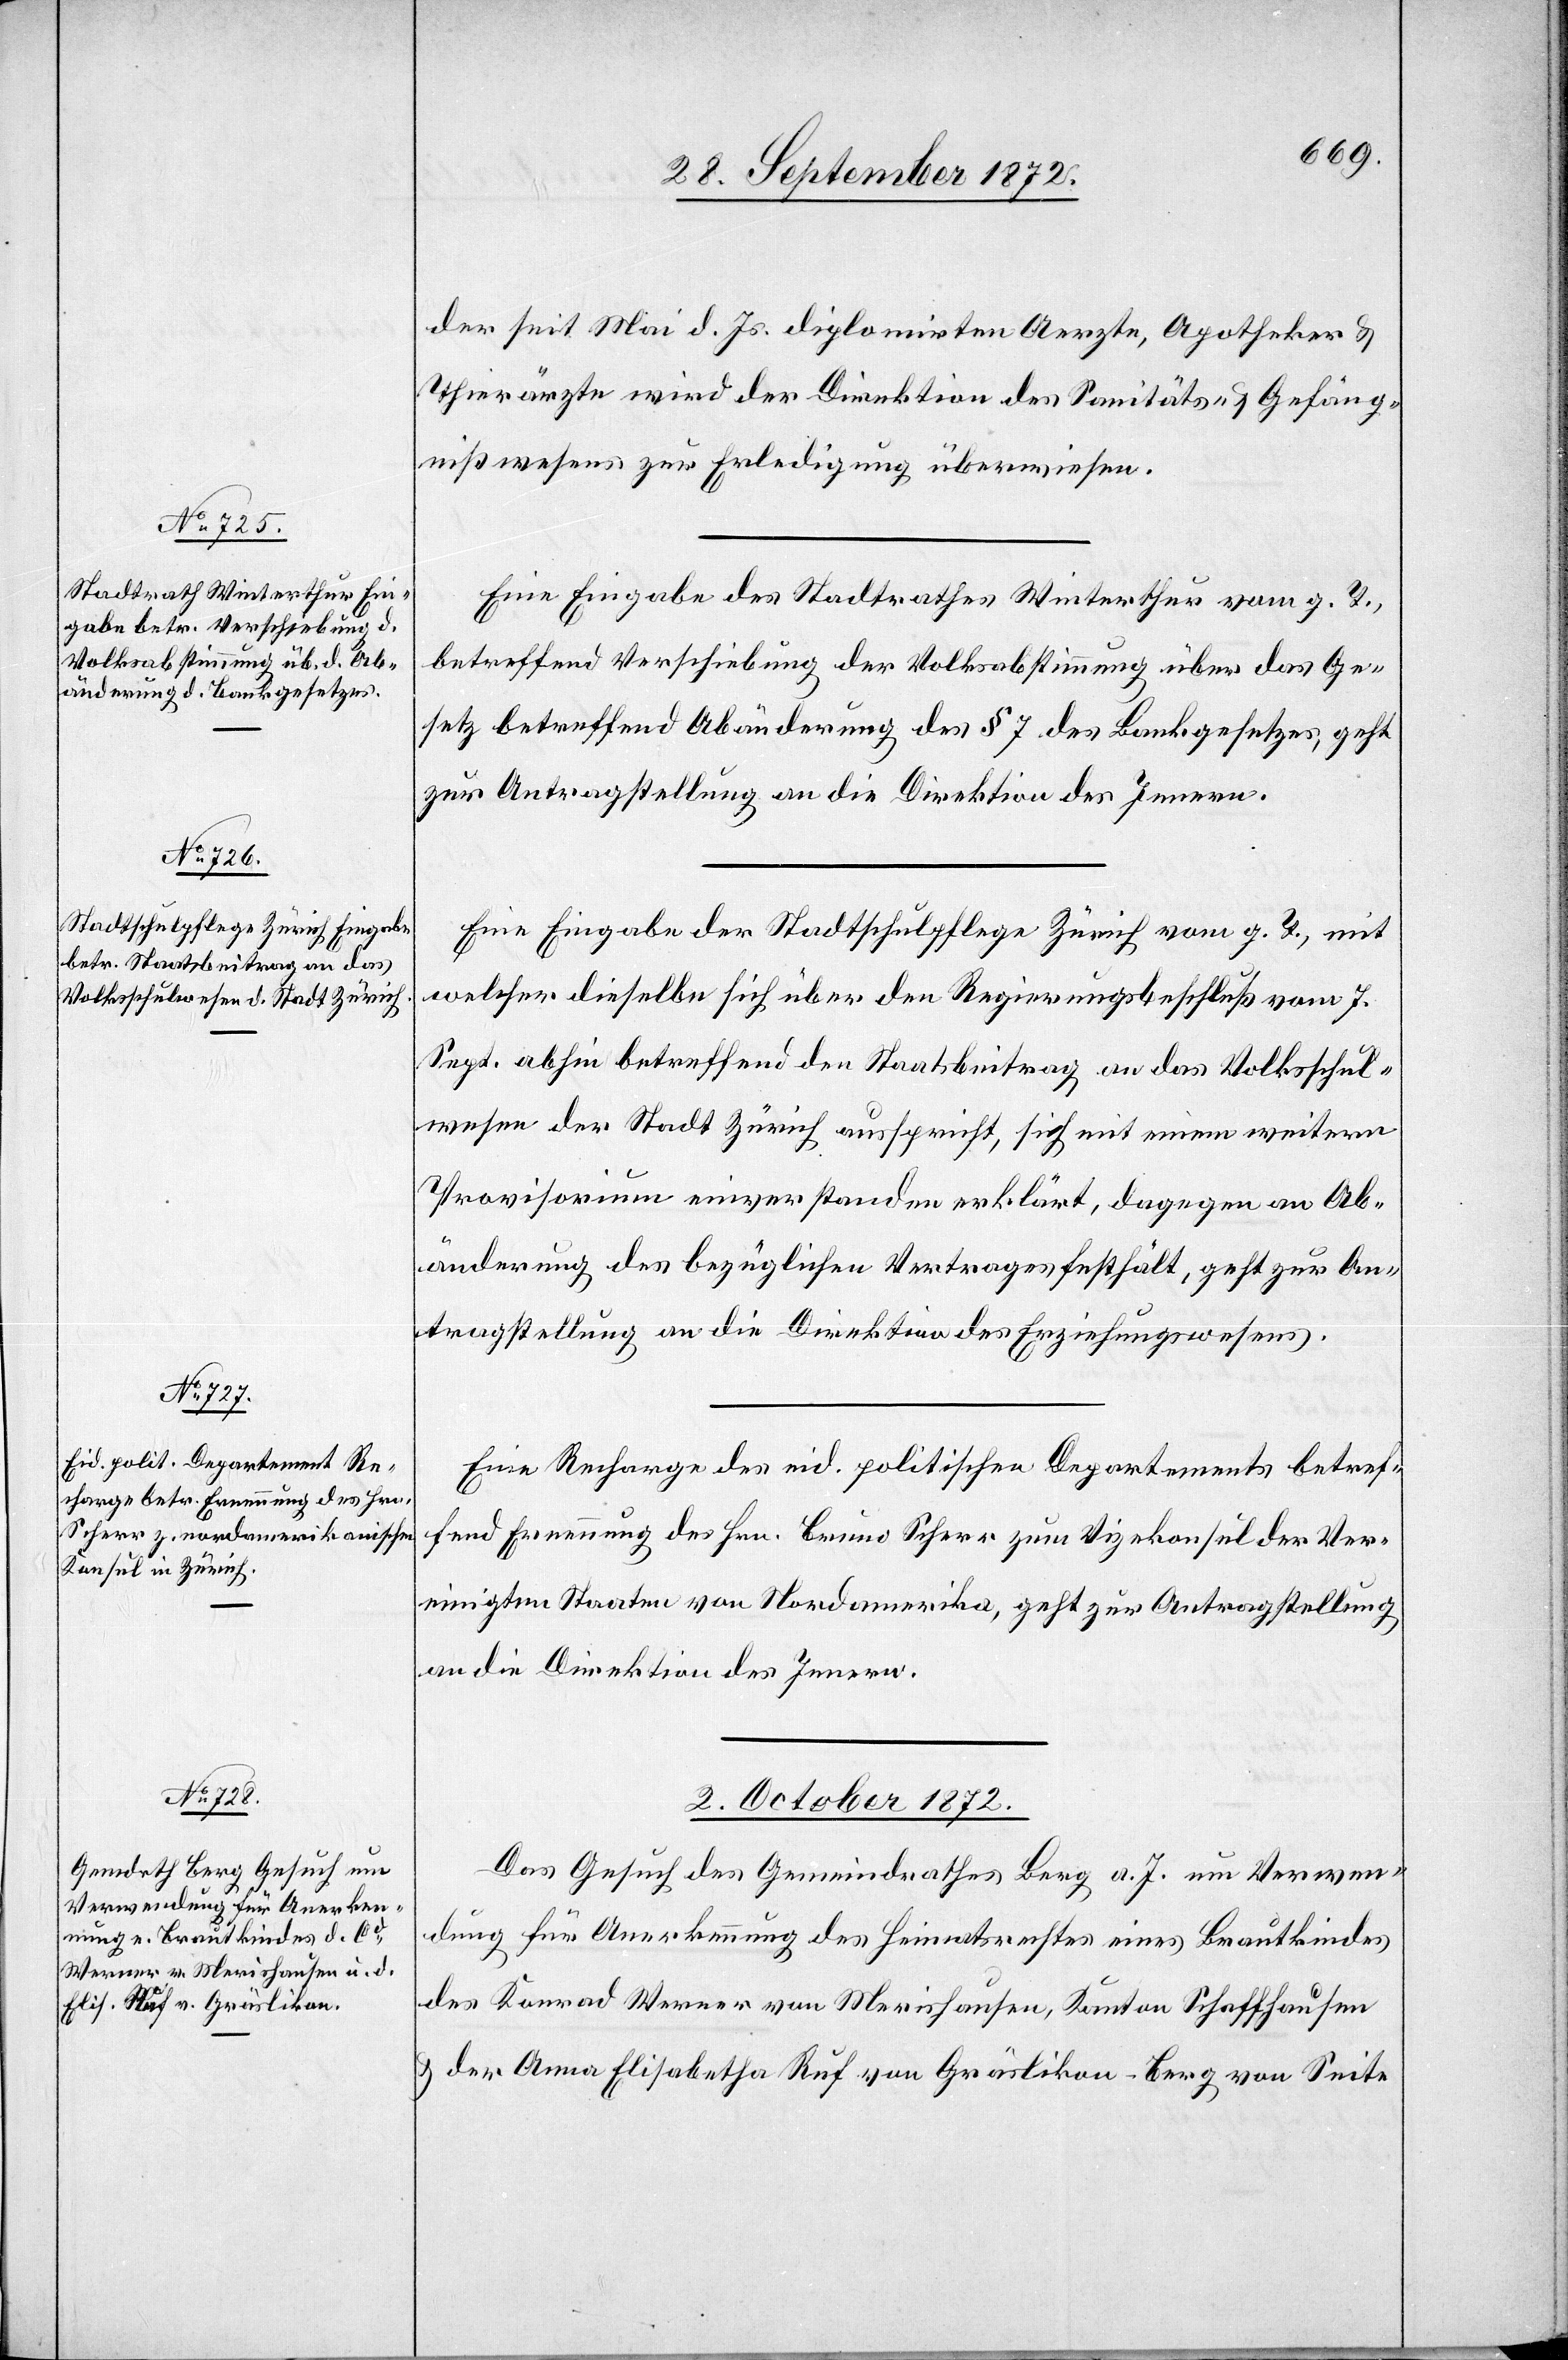
der seit Mai d. Js. diplomirten Aerzte, Apotheker u.
Thierärzte wird der Direktion des Sanitäts- u. Gefäng¬
nißwesens zur Erledigung überwiesen.
Eine Eingabe des Stadtrathes Winterthur vom g. T.,
betreffend Verschiebung der Volksabstimmung über das Ge¬
setz betreffend Abänderung des § 7 des Bankgesetzes, geht
zur Antragstellung an die Direktion des Innern.
Eine Eingabe der Stadtschulpflege Zürich vom g. T., mit
welcher dieselbe sich über den Regierungsbeschluß vom 7.
Sept. abhin betreffend den Staatsbeitrag an das Volksschul¬
wesen der Stadt Zürich ausspricht, sich mit einem weitern
Provisorium einverstanden erklärt, dagegen an Ab¬
änderung des bezüglichen Vertrages festhält, geht zur An¬
tragstellung an die Direktion des Erziehungswesens.
Eine Recharche des eid. politischen Departements betref¬
fend Ernennung des Hrn. Bruno Scherr zum Vizekonsul der Ver¬
einigten Staaten von Nordamerika, geht zur Antragstellung
an die Direktion des Innern.
2. Oktober 1872.
Das Gesuch des Gemeindrathes Berg a. I. um Verwen¬
dung für Anerkennung des Heimatsrechtes eines Brautkindes
des Konrad Werner von Merishausen, Kanton Schaffhausen
u. der Anna Elisabetha Ruf von Gräslikon-Berg von Seite